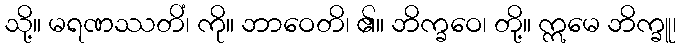
သို့။ မရဏဿတိံ၊ ကို။ ဘာဝေတိ၊ ၏။ ဘိက္ခဝေ၊ တို့။ ဣမေ ဘိက္ခူ၊